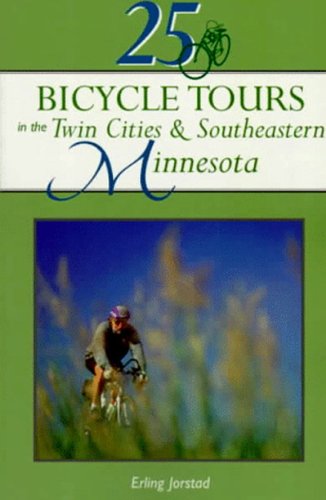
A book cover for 25 Bicycle Tours in the Twin Cities & Southeastern Minnesota (25 Bicycle Tours); Erling Jorstad; Travel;